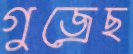
গুজ্‌রেছ